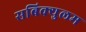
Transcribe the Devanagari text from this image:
सबिक्युलम